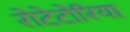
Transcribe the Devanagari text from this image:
रोटेटोरिया